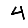
Digit: 4